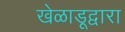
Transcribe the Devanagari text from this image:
खेळाडूद्वारा